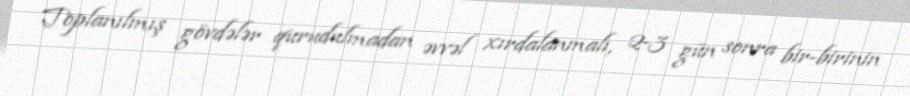
Toplanılmış gövdələr qurudulmadan əvvəl xırdalanmalı, 2-3 gün sonra bir-birinin